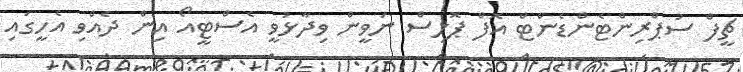
ޗީފް ސުޕްރިންޓެންޑެންޓް އޮފް ޕޮލިސް ނަވީން ވިދާޅުވީ އެސްޓީއޯ އިން ދެއްވި އެހީގައި